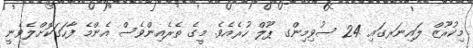
މިކުރޫޒް ލައިނަރގައި 24 ސުވިމިންގ ޕޫލް ހުރެއެވެ. މީގެ ތެރެއިންވެސް އެންމެ ފާހަގަކޮށްލެވެނީ